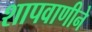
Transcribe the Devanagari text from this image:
शापवाणीने